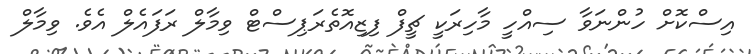
އިސްކޮށް ހުންނަވާ ސިއްހީ މާހިރަކީ ޗީފް ފިޒިއޮތެރަޕިސްޓް ވިމާލް ރަފައެލް އެވެ. ވިމާލް